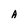
Character: A